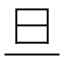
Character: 旦